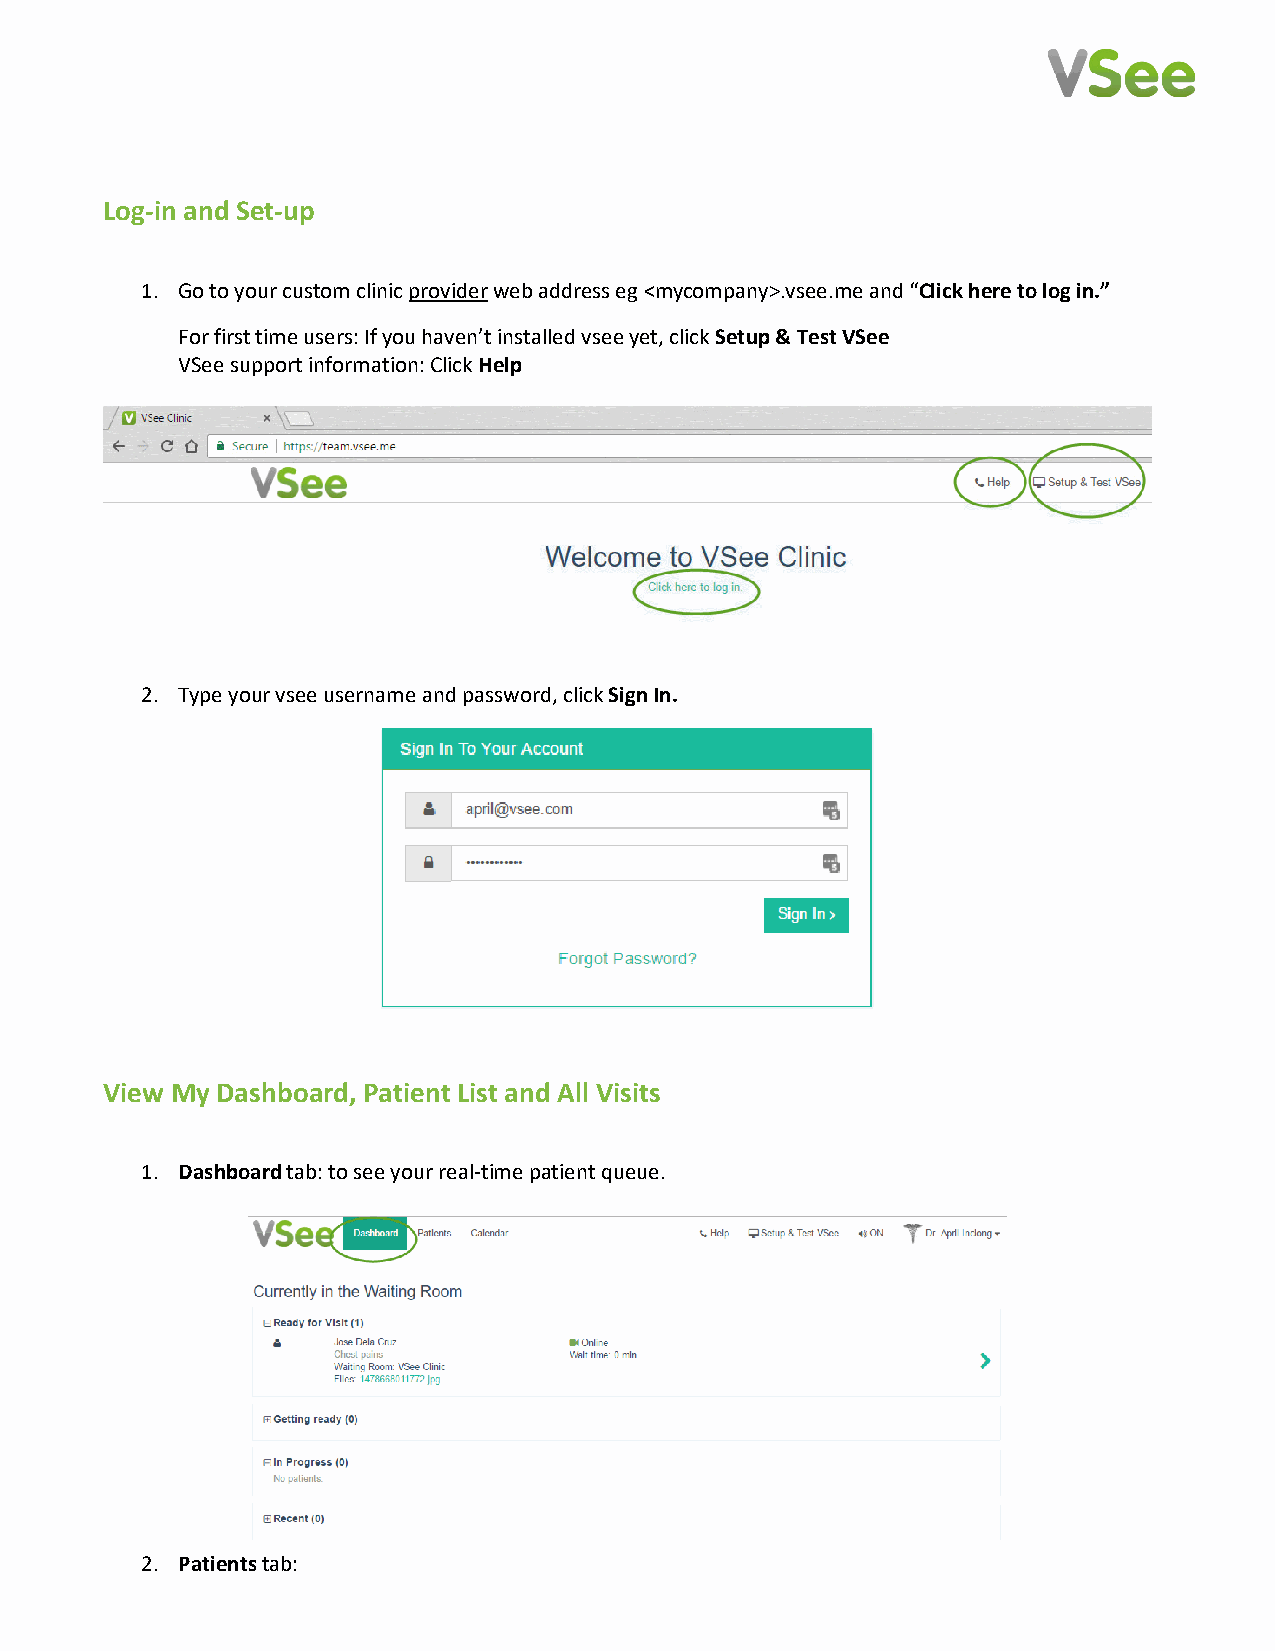
Log-in and Set-up
 1. Go to your custom clinic provider web address eg <mycompany>.vsee.me and “Click here to log in.”
 For first time users: If you haven’t installed vsee yet, click Setup & Test VSee
 VSee support information: Click Help
 2. Type your vsee username and password, click Sign In.
 View My Dashboard, Patient List and All Visits
 1. Dashboard tab: to see your real-time patient queue.
 2. Patients tab: